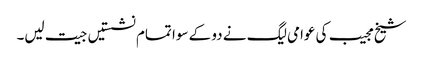
شیخ مجیب کی عوامی لیگ نے دو کے سوا تمام نشستیں جیت لیں۔